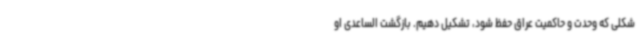
شکلی که وحدت و حاکمیت عراق حفظ شود، تشکیل دهیم. بازگشت الساعدی او